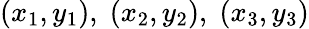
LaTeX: (x_{1},y_{1}),\; (x_{2},y_{2}),\; (x_{3},y_{3})